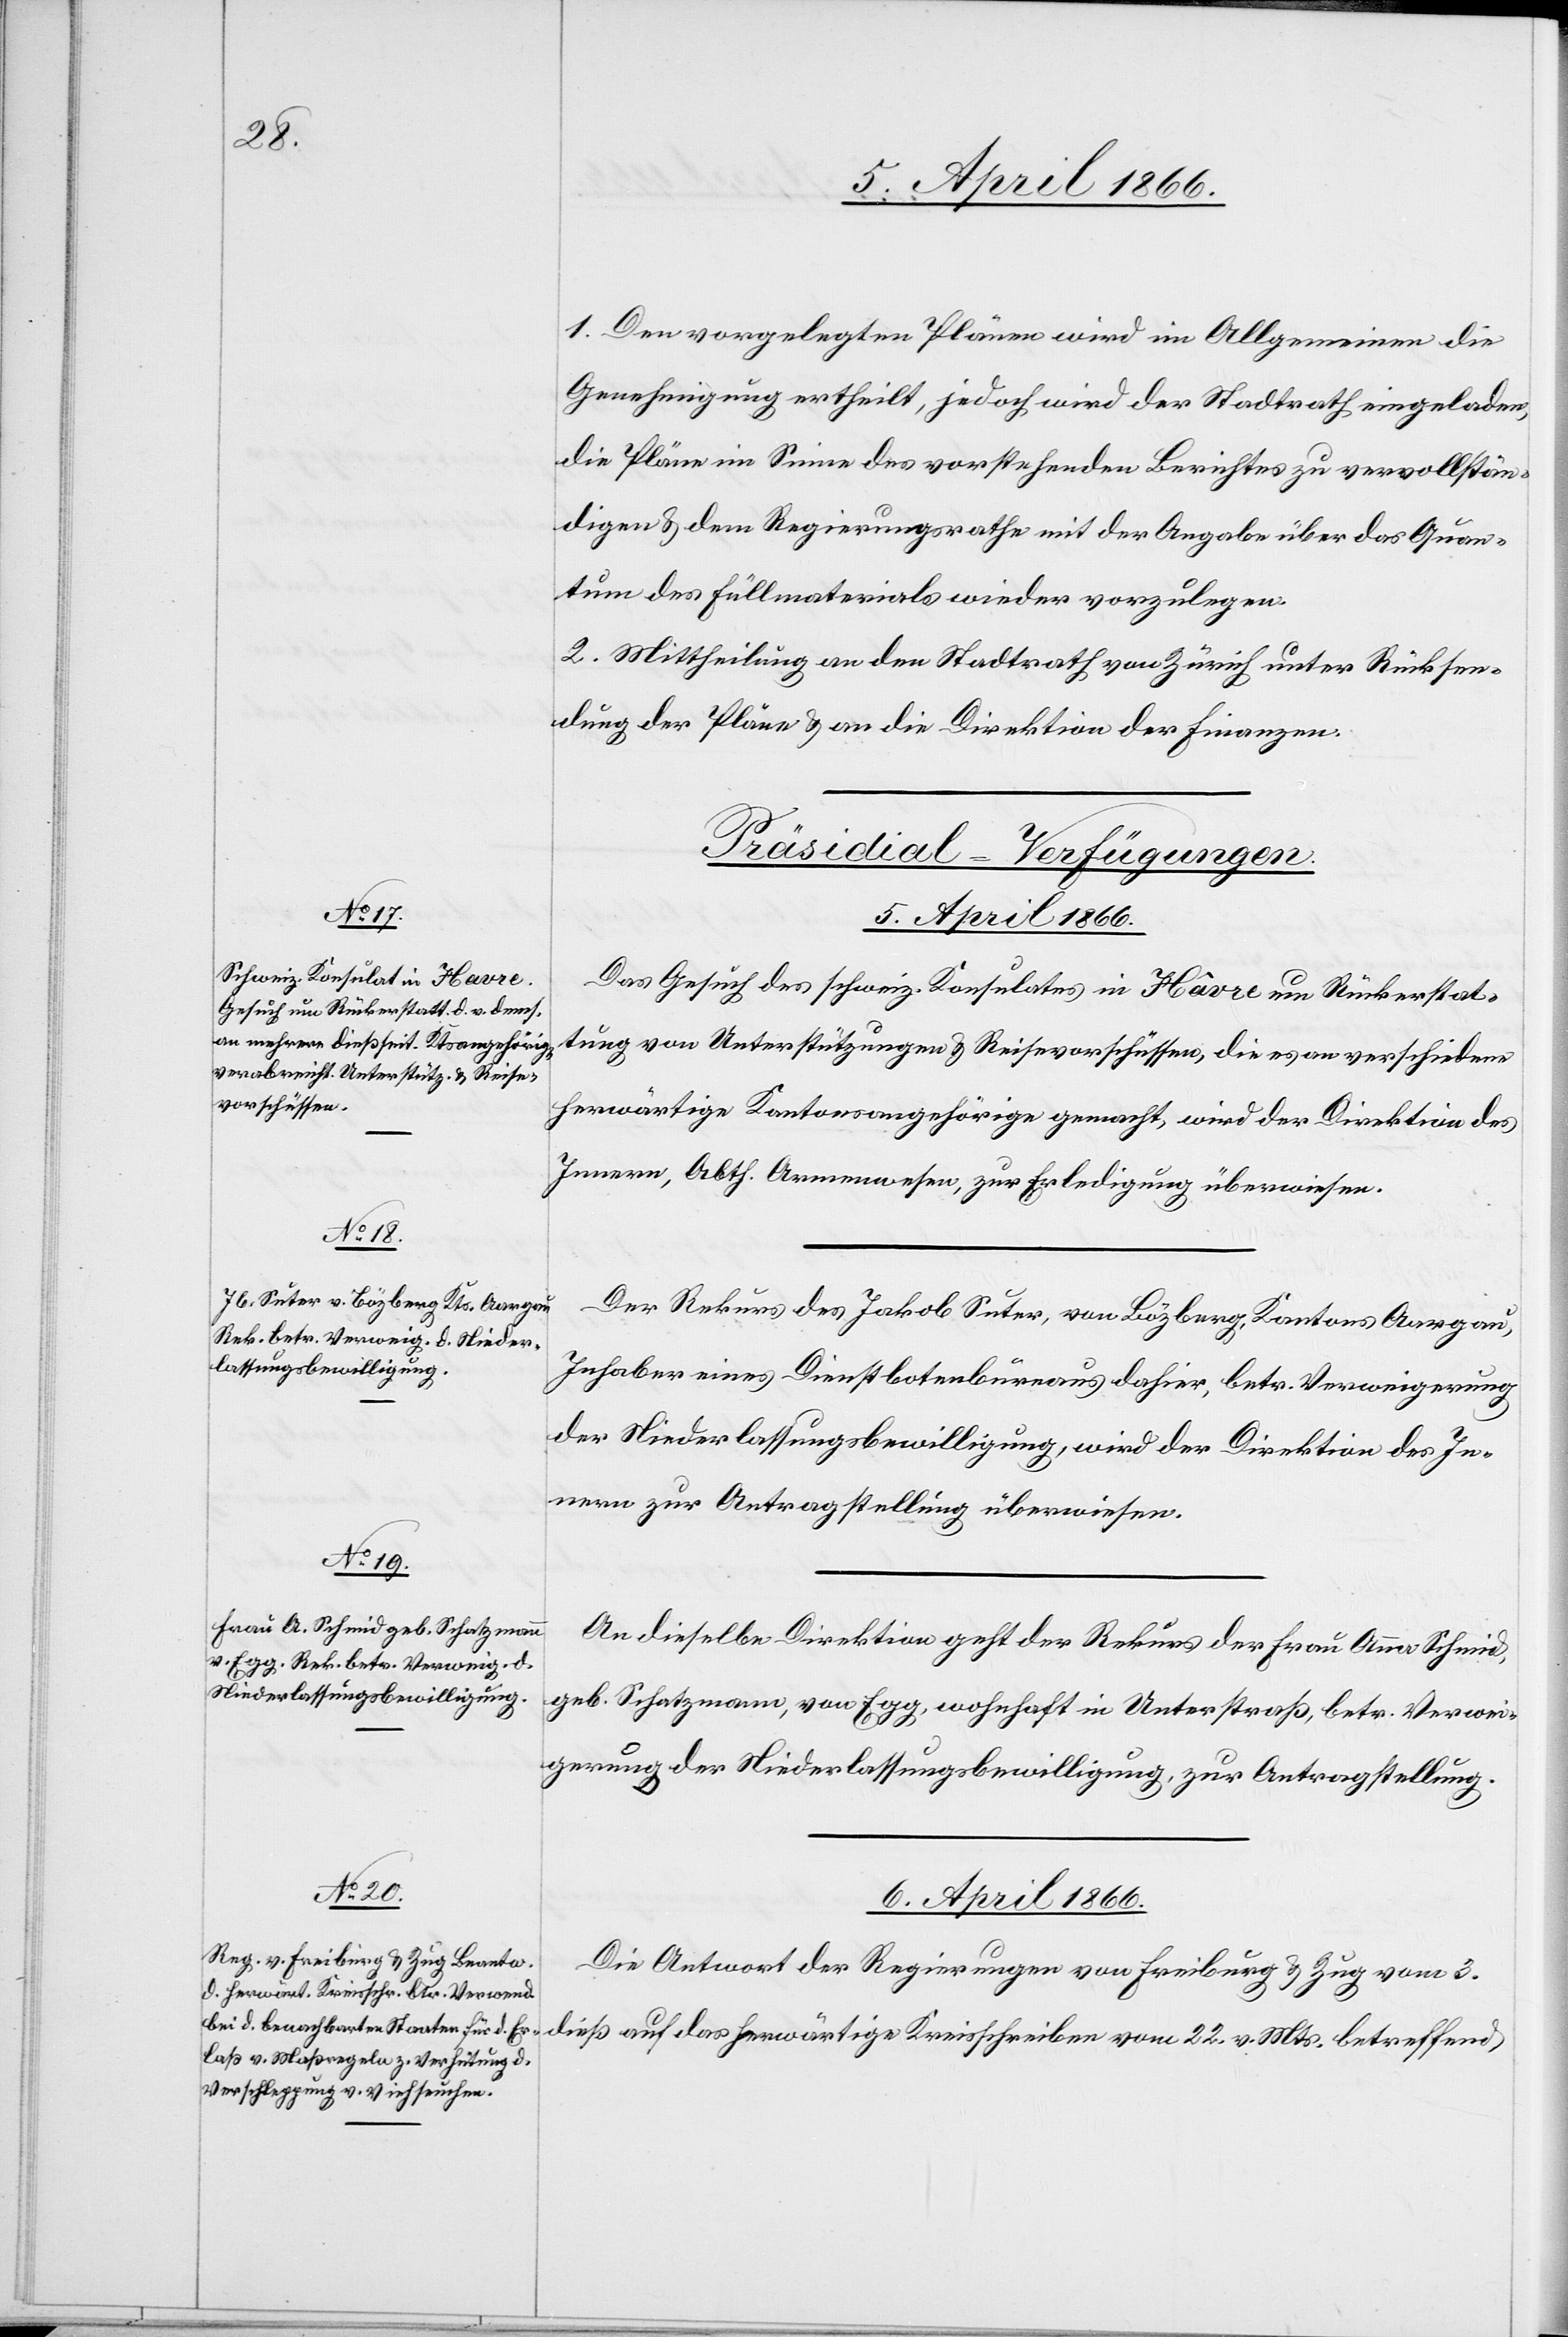
1. Den vorgelegten Plänen wird im Allgemeinen die
Genehmigung ertheilt, jedoch wird der Stadtrath eingeladen,
die Pläne im Sinne des vorstehenden Berichtes zu vervollstän¬
digen u. dem Regierungsrathe mit der Angabe über das Quan¬
tum des Füllmaterials wieder vorzulegen.
2. Mittheilung an den Stadtrath von Zürich unter Rücksen¬
dung der Pläne u. an die Direktion der Finanzen.
[Präsidial-Verfügungen.]
6. April 1866.
Das Gesuch des schweiz. Konsulates in Havre um Rückerstat¬
tung von Unterstützungen u. Reisevorschüssen, die es an verschiedene
herwärtige Kantonsangehörige gemacht, wird der Direktion des
Innern, Abth. Armenwesen, zur Erledigung überwiesen.
Der Rekurs des Jakob Suter, von Bözberg, Kantons Aargau,
Inhaber eines Dienstbotenbureaus dahier, betr. Verweigerung
der Niederlassungsbewilligung, wird der Direktion des In¬
nern zur Antragstellung überwiesen.
An dieselbe Direktion geht der Rekurs der Frau Anna Schmid,
geb. Schatzmann, von Egg, wohnhaft in Unterstraß, betr Verwei¬
gerung der Niederlassungsbewilligung, zur Antragstellung.
Die Antwort der Regierungen von Freiburg u. Zug vom 3.
dieß auf das herwärtige Kreisschreiben vom 22. v. Mts. betreffend